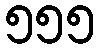
၅၅၅